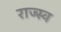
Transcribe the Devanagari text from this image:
राज्स्व